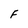
Character: F